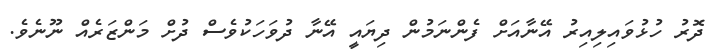
ދޮރު ހުޅުވައިލިއިރު އޭނާއަށް ފެންނަމުން ދިޔައީ އޭނާ ދުވަހަކުވެސް ދުށް މަންޒަރެއް ނޫނެވެ.